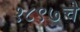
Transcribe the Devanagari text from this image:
१८९७चे